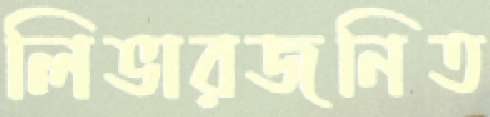
লিভারজনিত